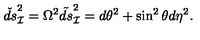
\check { d s } _ { \cal I } ^ { 2 } = \Omega ^ { 2 } \tilde { d s } _ { \cal I } ^ { 2 } = d \theta ^ { 2 } + \sin ^ { 2 } \theta d \eta ^ { 2 } .